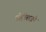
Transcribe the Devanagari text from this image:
चोहीबाजूने